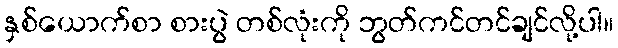
နှစ်ယောက်စာ စားပွဲ တစ်လုံးကို ဘွတ်ကင်တင်ချင်လို့ပါ။